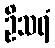
ဦသရံ